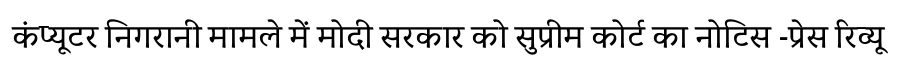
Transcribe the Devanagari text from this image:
कंप्यूटर निगरानी मामले में मोदी सरकार को सुप्रीम कोर्ट का नोटिस -प्रेस रिव्यू